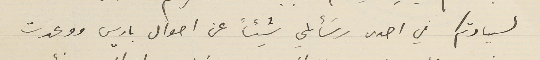
لسيادتكم في احدى رسَائلي شيئاً عن احوال باريس ووعدت